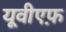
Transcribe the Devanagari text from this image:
यूवीएफ़